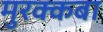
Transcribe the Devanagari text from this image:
मुरक्कबा